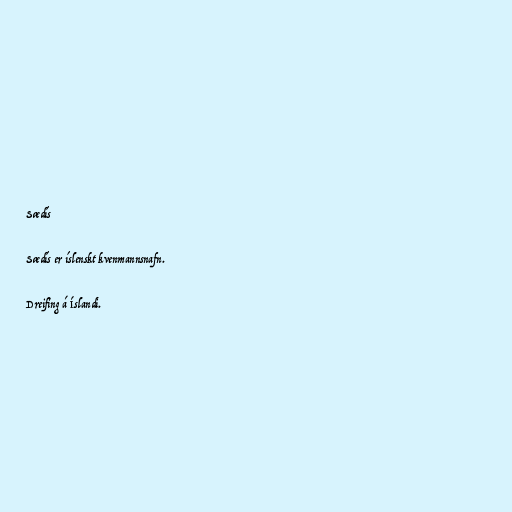
Sædís

Sædís er íslenskt kvenmannsnafn.

Dreifing á Íslandi.